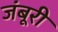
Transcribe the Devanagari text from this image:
जंबूरी